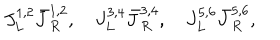
J _ { L } ^ { 1 , 2 } { \bar { J } } _ { R } ^ { 1 , 2 } , \quad J _ { L } ^ { 3 , 4 } { \bar { J } } _ { R } ^ { 3 , 4 } , \quad J _ { L } ^ { 5 , 6 } { \bar { J } } _ { R } ^ { 5 , 6 } ,